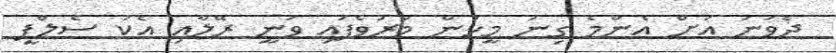
ދެވަނަ އަށް އެންމެ ގިނަ މީހުން މަރުވެފައި ވަނީ ރޭލާއި އެކު ސެލްފީ